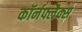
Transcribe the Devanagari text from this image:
कॉर्नफ्लैक्स